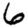
Digit: 6